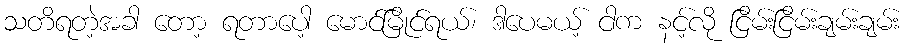
သတိရတဲ့အခါ တော့ ရတာပေါ့ မောင်မြိုင်ရယ်၊ ဒါပေမယ့် ငါက နင့်လို ငြိမ်းငြိမ်းချမ်းချမ်း